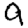
Digit: 9